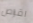
اقراص